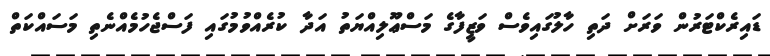
ޑައިރެކްޓަރުން ވަރަށް ދަތި ހާލުގައިވެސް ވަޒީފާގެ މަސްޢޫލިއްޔަތު އަދާ ކުރެއްވުމުގައި ފަސްޖެހުމެއްނެތި މަސައްކަތް